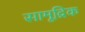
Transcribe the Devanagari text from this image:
सामूद्रिक